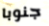
جنوبا